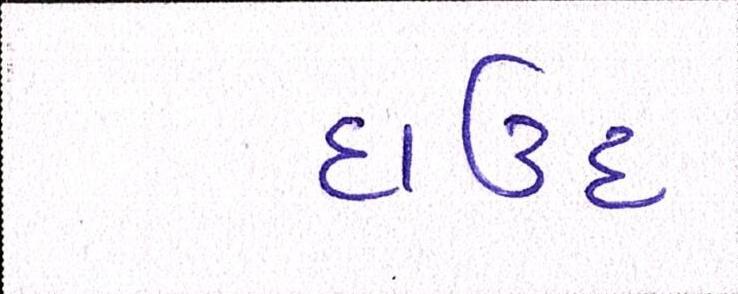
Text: દાઉદ